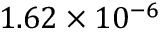
1 . 6 2 \times 1 0 ^ { - 6 }